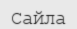
Сайла